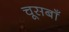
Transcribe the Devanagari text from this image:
चूसबाँ